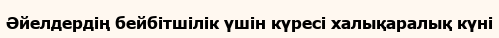
Әйелдердің бейбітшілік үшін күресі халықаралық күні